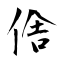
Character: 倽